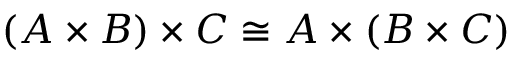
( A \times B ) \times C \cong A \times ( B \times C )